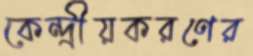
কেন্দ্রীয়করণের